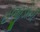
ઇજીડોની